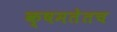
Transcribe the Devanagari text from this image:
क्षमतेतच